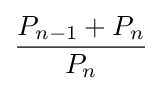
{\frac {P_{n-1}+P_{n}}{P_{n}}}